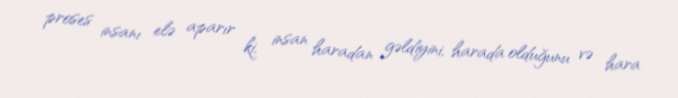
proses insanı elə aparır ki, insan haradan gəldiyini, harada olduğunu və hara